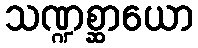
သဏ္ဍစ္ဆာယော